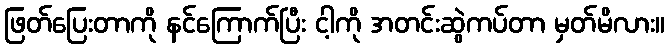
ဖြတ်ပြေးတာကို နင်ကြောက်ပြီး ငါ့ကို အတင်းဆွဲကပ်တာ မှတ်မိလား။